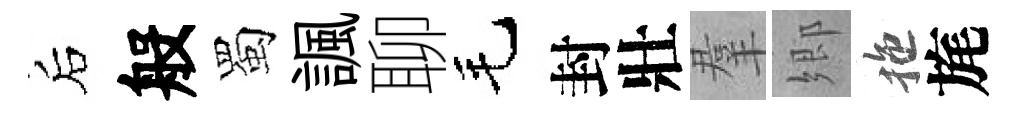
后般蜀諷聊毛封壯羣郷拖旄